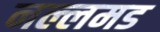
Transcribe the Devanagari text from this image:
नल्लमड